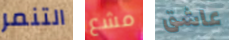
التنمر مشع عاشق